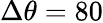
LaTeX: \Delta\theta=80